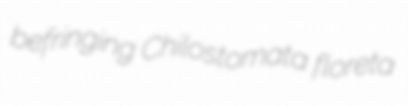
befringing Chilostomata floreta